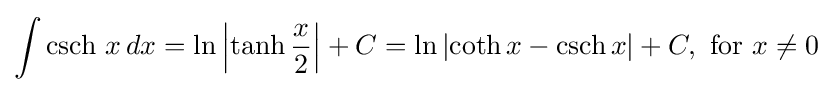
\int \operatorname {csch} \,x\,dx=\ln \left|\tanh {x \over 2}\right|+C=\ln \left|\coth {x}-\operatorname {csch} {x}\right|+C,{\text{ for }}x\neq 0